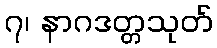
၇၊ နာဂဒတ္တသုတ်